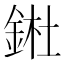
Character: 𨧀